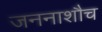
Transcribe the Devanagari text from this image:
जननाशौच